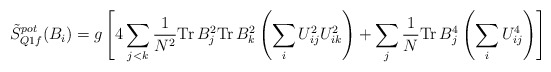
\begin{align*}\tilde{S}_{Q1f}^{pot} (B_i ) = g\left[4\sum_{j<k} \frac{1}{N^2 } \mbox{Tr} \, B_j^2 \mbox{Tr} \, B_k^2 \left( \sum_{i} U_{ij}^2 U_{ik}^2 \right)+\sum_{j} \frac{1}{N} \mbox{Tr} \, B_j^4 \left( \sum_{i} U_{ij}^4 \right) \right]\end{align*}